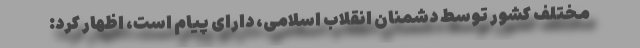
مختلف کشور توسط دشمنان انقلاب اسلامی، دارای پیام است، اظهار کرد: